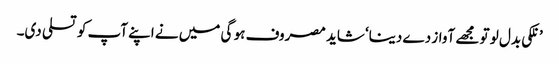
’ نلکی بدل لو تو مجھے آواز دے دینا‘ شاید مصروف ہو گی میں نے اپنے آپ کو تسلی دی۔